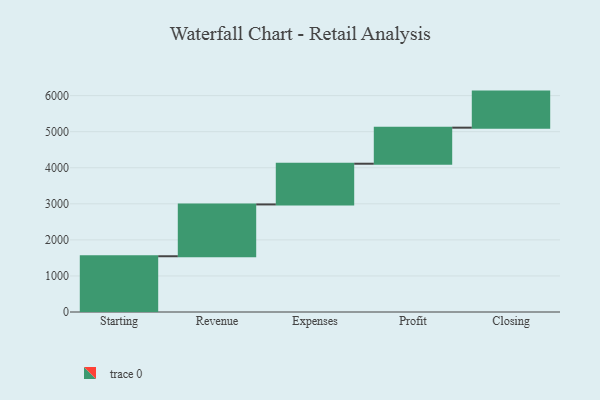
{"axis": {"x": "Step", "y": "Value"}, "legend": [""], "data": [{"x": "Starting", "y": 1546.0, "type": ""}, {"x": "Revenue", "y": 1437.0, "type": ""}, {"x": "Expenses", "y": 1129.0, "type": ""}, {"x": "Profit", "y": 1000, "type": ""}, {"x": "Closing", "y": 1000, "type": ""}]}